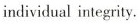
individual integrity.